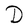
Character: F